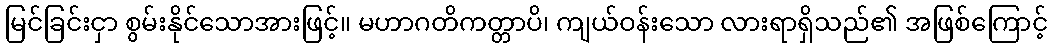
မြင်ခြင်းငှာ စွမ်းနိုင်သောအားဖြင့်။ မဟာဂတိကတ္တာပိ၊ ကျယ်ဝန်းသော လားရာရှိသည်၏ အဖြစ်ကြောင့်